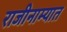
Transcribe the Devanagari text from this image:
राजीनाम्यात